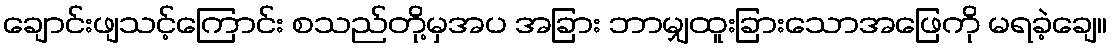
ချောင်းဖျသင့်ကြောင်း စသည်တို့မှအပ အခြား ဘာမျှထူးခြားသောအဖြေကို မရခဲ့ချေ။